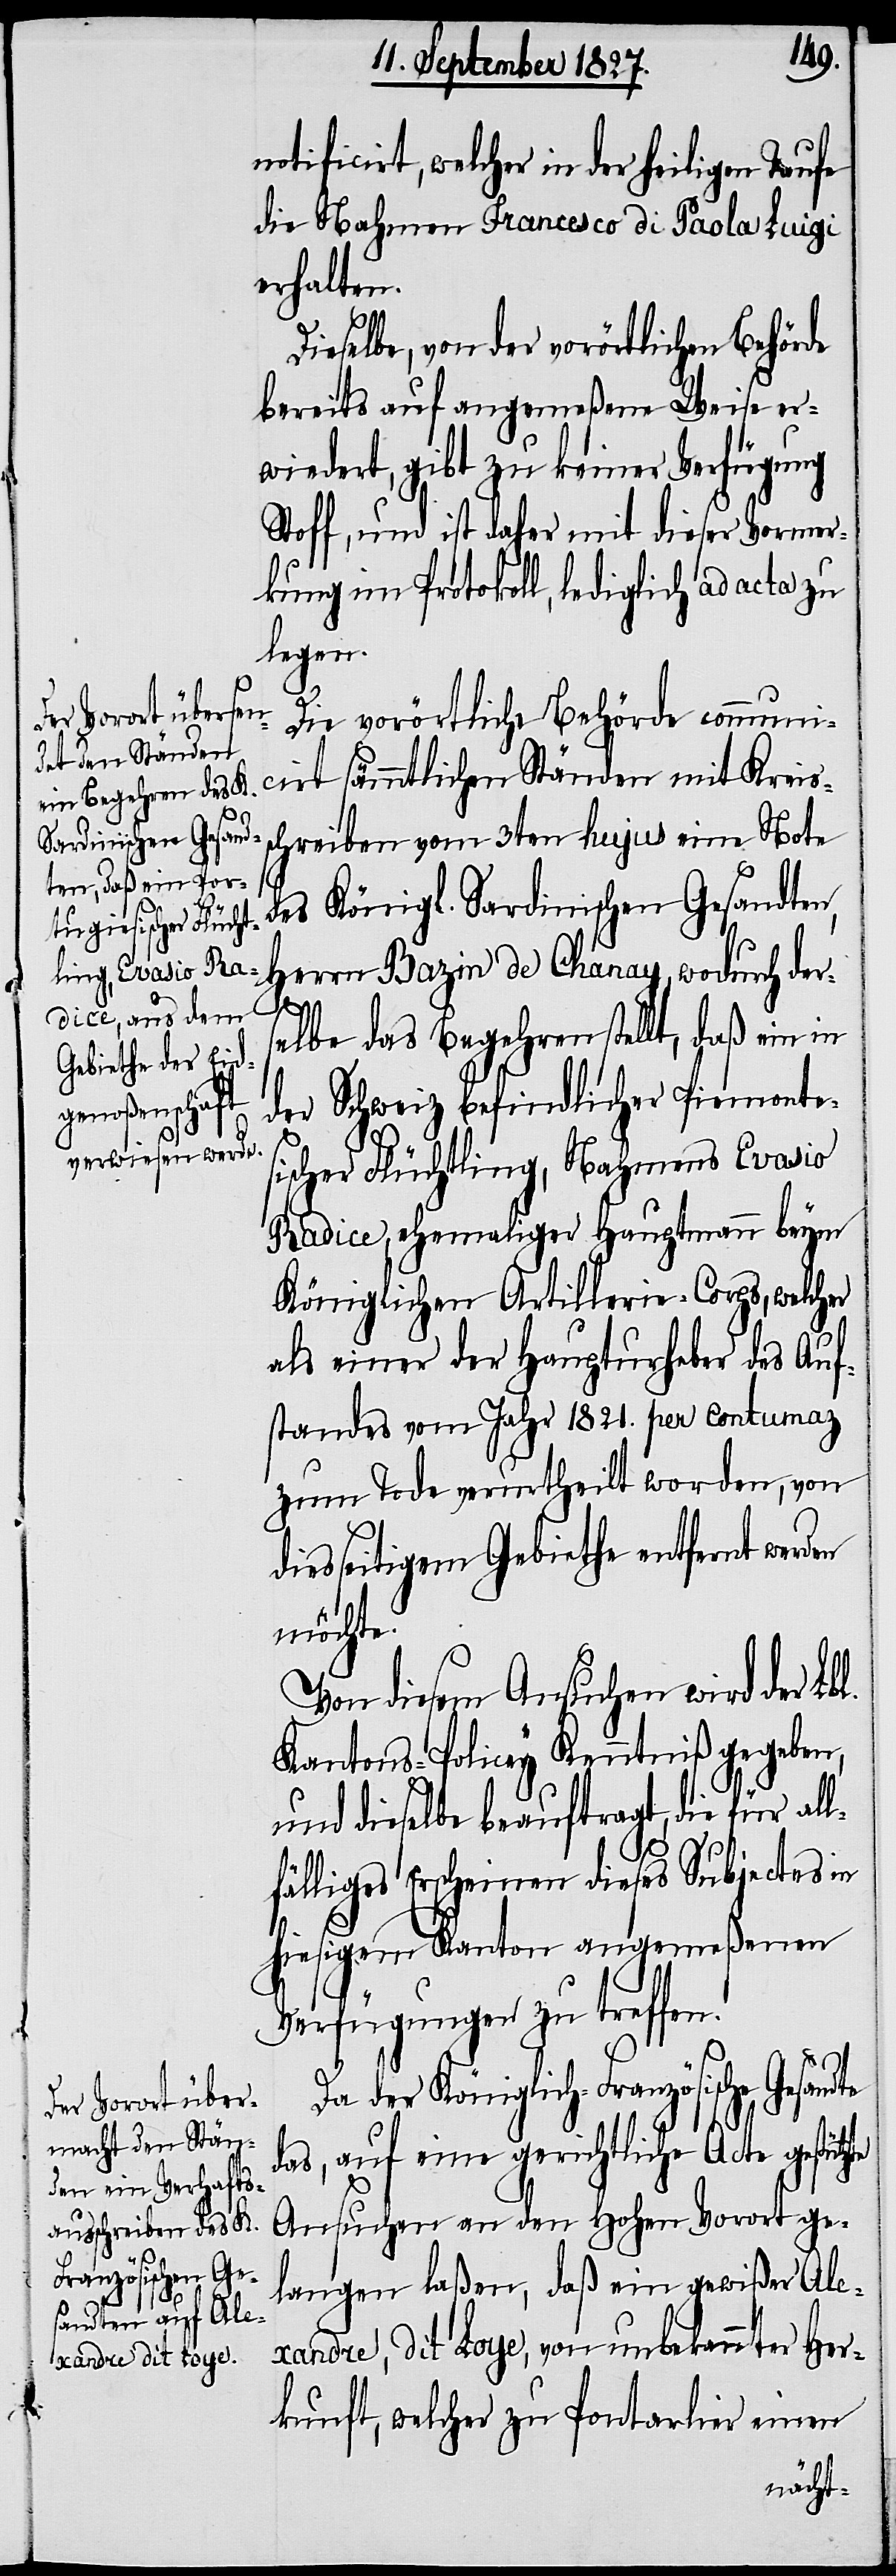
notificirt, welcher in der heiligen Taufe
den Nahmen Francesco di Paola Luigi
erhalten.
zte
Dieselbe, von der vorörtlichen Behörde
bereits auf angemeßene Weise er¬
wiedert, gibt zu keiner Verfügung
Stoff, und ist daher mit dieser Vormer¬
kung im Protokoll, lediglich ad acta zu
legen.
Die vorörtliche Behörde communi¬
cirt sämmtlichen Ständen mit Kreis¬
schreiben vom 3ten hujus eine Note
des Königl. Sardinischen Gesandten,
Herrn Bazin de Chanay, wodurch der¬
selbe das Begehren stellt, daß ein in
der Schweiz befindlicher Piemonte¬
sischer Flüchtling, Nahmens Evasio
Radice, ehemaliger Hauptmann beym
Königlichen Artillerie-Corps, welcher
als einer der Haupturheber des Auf¬
standes vom Jahr 1821. per contumaz
zum Tode verurtheilt worden, von
diesseitigem Gebiethe entfernt werden
möchte.
Von diesem Ansuchen wird der Lbl.
Kantons-Policey Kenntniß gegeben,
und dieselbe beauftragt, die für all¬
fälliges Erscheinen dieses Subjectes in
hiesigem Kanton angemeßenen
Verfügungen zu treffen.
Da der Königlich-Französische Gesan¬
das, auf eine gerichtliche Acte gestüt¬
Ansuchen an den Hohen Vorort ge¬
langen laßen, daß ein gewißer Al¬
exandre, dit Loye, von unbekannter Her¬
kunft, welcher zu Pontarlier einen